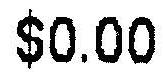
$0.00